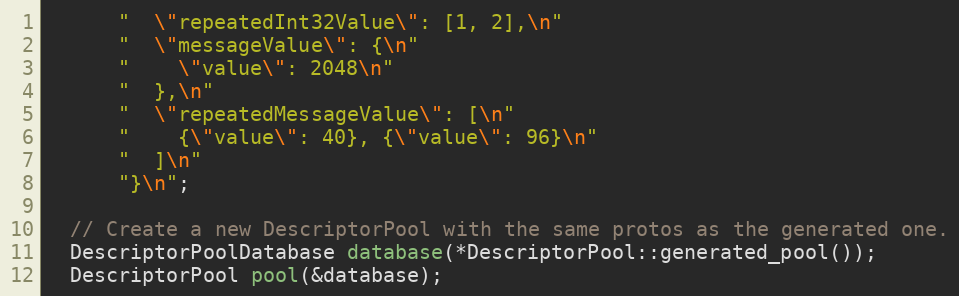
Language: C++
      "  \"repeatedInt32Value\": [1, 2],\n"
      "  \"messageValue\": {\n"
      "    \"value\": 2048\n"
      "  },\n"
      "  \"repeatedMessageValue\": [\n"
      "    {\"value\": 40}, {\"value\": 96}\n"
      "  ]\n"
      "}\n";

  // Create a new DescriptorPool with the same protos as the generated one.
  DescriptorPoolDatabase database(*DescriptorPool::generated_pool());
  DescriptorPool pool(&database);